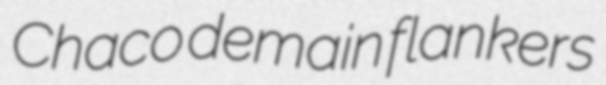
Chaco demain flankers